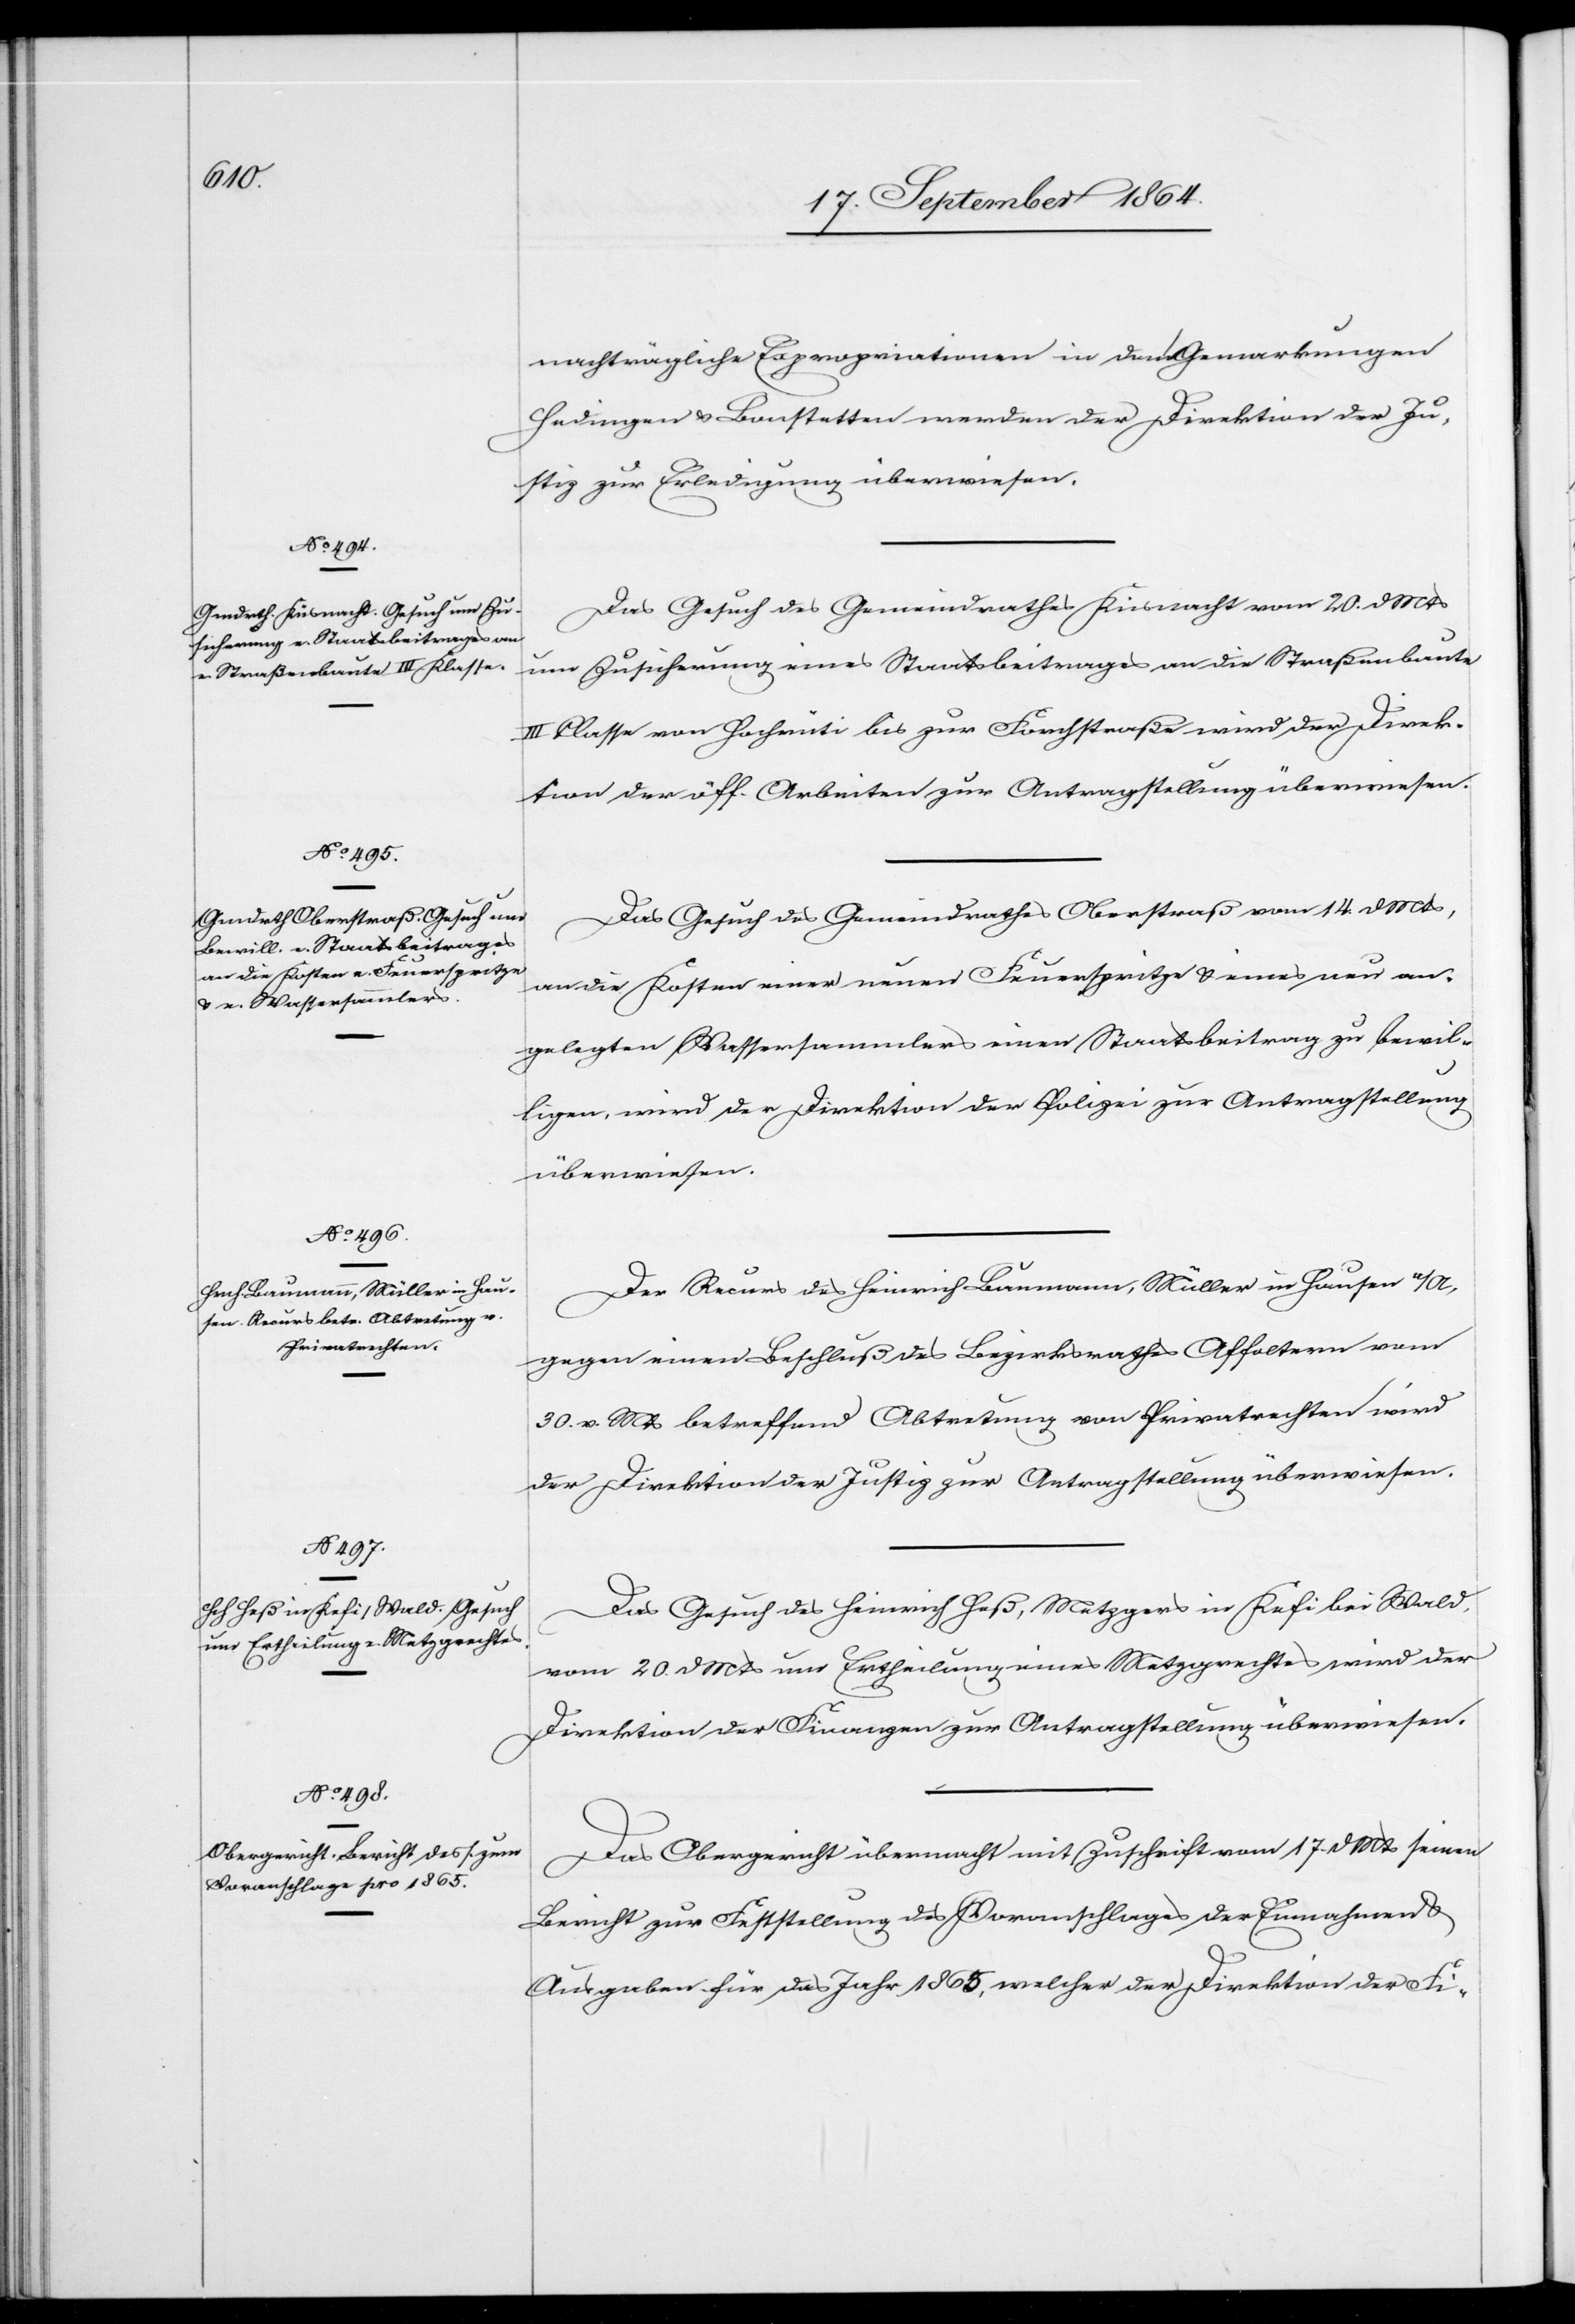
23. September 1864.]
nachträgliche Expropriationen in den Gemarkungen
Hedingen & Bonstetten werden der Direktion der Ju¬
stiz zur Erledigung überwiesen.
Das Gesuch des Gemeindrathes Küsnacht vom 20. d. Mts
um Zusicherung eines Staatsbeitrages an die Straßenbaute
III. Classe von Hochrüti bis zur Forchstraße wird der Direk¬
tion der öff. Arbeiten zur Antragstellung überwiesen.
Das Gesuch des Gemeindrathes Oberstraß vom 14. d. Mts,
an die Kosten einer neuen Feuerspritze & eines neu an¬
gelegten Wassersammlers einen Staatsbeitrag zu bewil¬
ligen, wird der Direktion der Polizei zur Antragstellung
überwiesen.
Der Recurs des Heinrich Baumann, Müller in Hausen a/A.
gegen einen Beschluß des Bezirksrathes Affoltern vom
30. v. Mts betreffend Abtretung von Privatrechten wird
der Direktion der Justiz zur Antragstellung überwiesen.
Das Gesuch des Heinrich Heß, Metzger in Kefi bei Wald,
vom 20. d. Mts um Ertheilung eines Metzgrechtes wird der
Direktion der Finanzen zur Antragstellung überwiesen.
Das Obergericht übermacht mit Zuschrift vom 17. d. Mts. seinen
Bericht zur Feststellung des Voranschlages der Einnahmen &
Ausgaben für das Jahr 1865, welcher der Direktion der Fi-